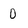
Character: 0